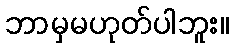
ဘာမှမဟုတ်ပါဘူး။